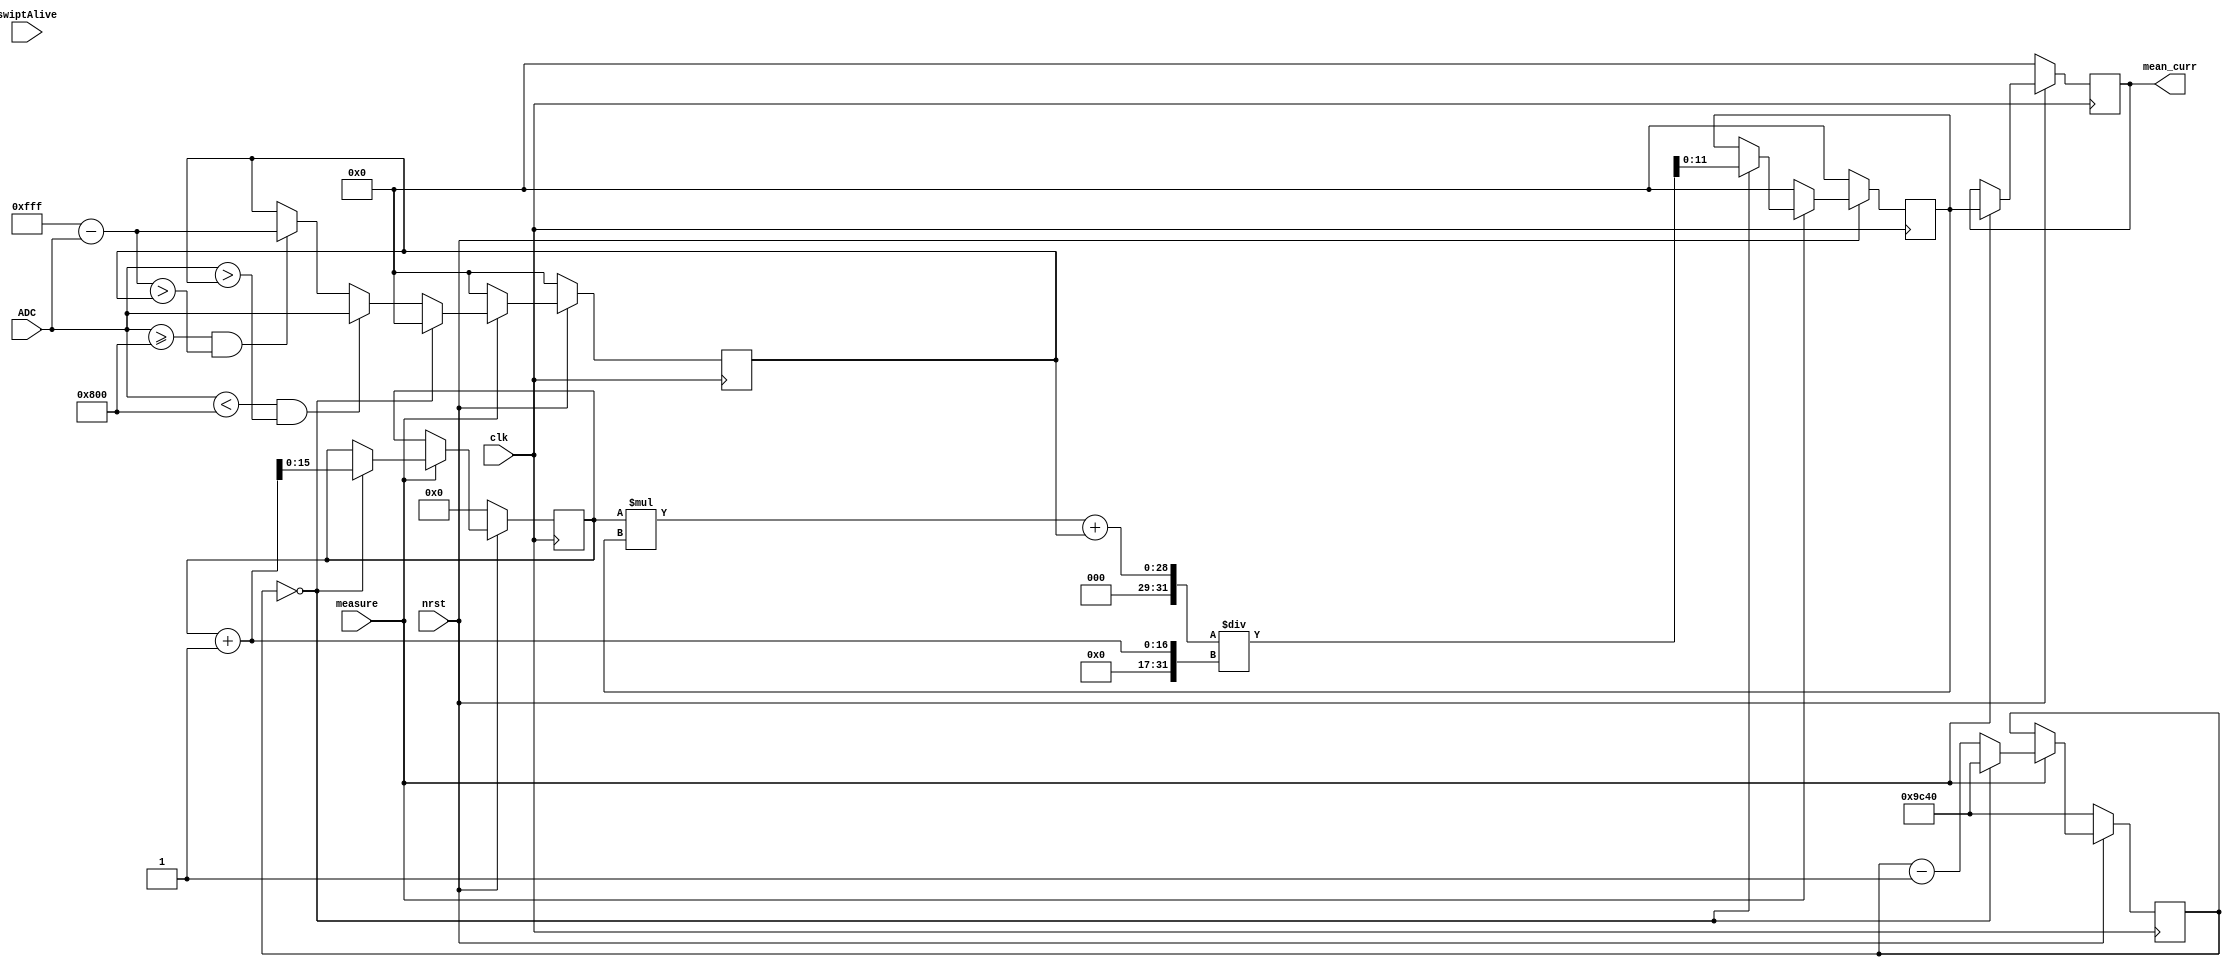
`timescale 1ps/1ps

module GetMeanCurrent (
	input wire clk,
	input wire nrst,
	input wire swiptAlive,
	input wire measure,
	input wire [11:0] ADC,
	output reg [11:0] mean_curr
	);
	///Description
	//In this module, the mean current mesurement over x ms is given;
	//-----------------------
	reg [15:0] numberMeasurements = 0;
	reg [19:0] clk_cycles = 20'h9C40;
	reg [11:0] highest = 20'h0;
	reg [11:0] mean_curr_reg = 12'h0;
	
	always @(posedge clk)begin
		if(~nrst)begin
			numberMeasurements <= 0;
			clk_cycles <= 20'h9C40;
			highest <= 20'h0;
			mean_curr_reg <= 11'h0;
			mean_curr <= 0;
		end
		else if(measure)begin
			if(clk_cycles == 20'h0)begin
				clk_cycles <= 20'h9C40;
				highest <= 20'h0;
				numberMeasurements <= numberMeasurements + 1;
				mean_curr_reg <= ((numberMeasurements*mean_curr_reg)+(highest))/(numberMeasurements + 1);
			end
			else begin
				clk_cycles <= clk_cycles - 1;
				if(ADC < 12'h800 && ADC > highest)begin
					highest <= ADC;
				end
				else if(ADC >= 12'h800 && 12'hFFF - ADC > highest)begin
                	highest <= 12'hFFF - ADC;
            	end
			end
			mean_curr <= mean_curr_reg;
		end
		else begin
			highest <= 11'h0;
			mean_curr_reg <= 11'h0;
		end
	end
endmodule